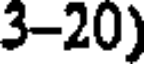
3-20)